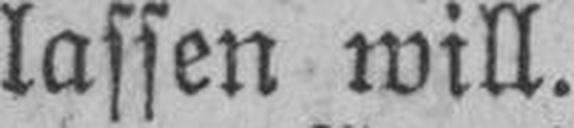
lassen will.